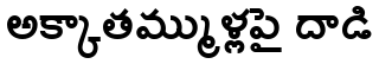
అక్కాతమ్ముళ్లపై దాడి